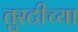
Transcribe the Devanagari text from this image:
तुरटीच्या